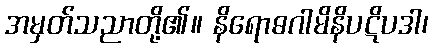
အမှတ်သညာတို့၏။ နိရောဓဂါမိနိပဋိပဒါ၊